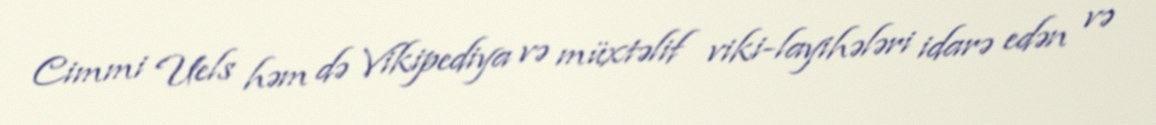
Cimmi Uels həm də Vikipediya və müxtəlif viki-layihələri idarə edən və